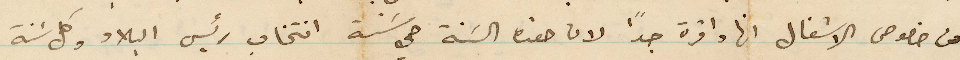
من خصوص الاشغال انها وافرة جدًا لان هذه السنة هي سنة انتخاب رئيس البلاد وكل سنة